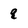
Character: q